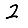
Digit: 2